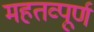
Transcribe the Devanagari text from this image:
महतव्पूर्ण